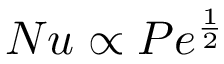
N u \propto P e ^ { \frac { 1 } { 2 } }